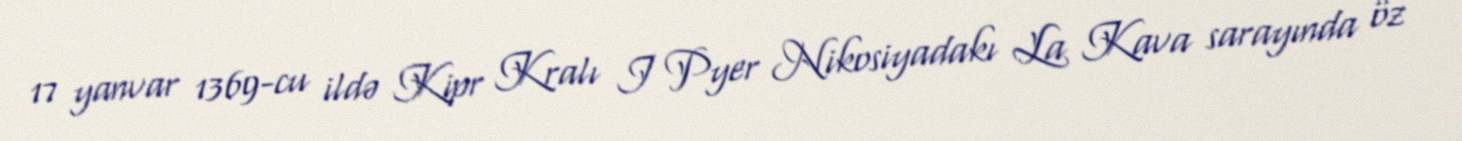
17 yanvar 1369-cu ildə Kipr Kralı I Pyer Nikosiyadakı La Kava sarayında öz